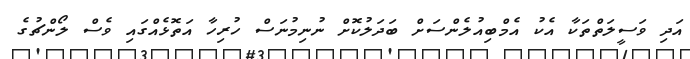
އަދި ވަސީލަތްތަކާ އެކު އެމްބިއުލެންސަށް ބަދަލުކޮށް ނުނިމުނަސް ހުރިހާ އަތޮޅެއްގައި ވެސް ލޯންޗުގެ